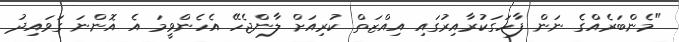
"މެންބަރެއްގެ ނަން ފާހަގަކުރާއިރުގައި އިއްޒަތް ކުރިއަށް ލާންޖެހޭ އެހެންވީމަ އެ އޮންނަ ގަވައިދު